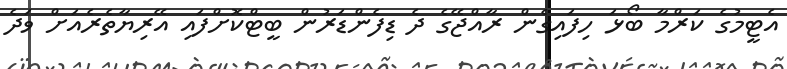
އެޓީމުގެ ކަރްމާ ބޯޅަ ހިފައިގެން ރާއްޖޭގެ ދެ ޑިފެންޑަރުން ބީޓްކޮށްފައި އޭރިޔާތެރެއަށް ވަދެ